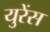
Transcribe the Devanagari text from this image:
युरेंस